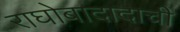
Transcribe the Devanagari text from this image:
राघोबादादाची